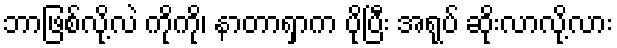
ဘာဖြစ်လို့လဲ ကိုကို၊ နာတာရှာက ပိုပြီး အရုပ် ဆိုးလာလို့လား